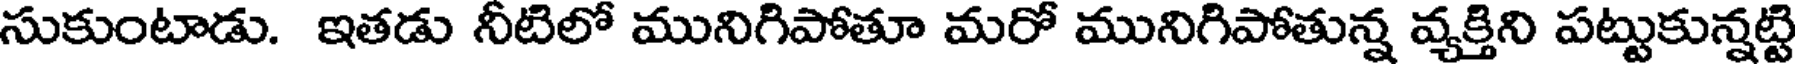
సుకుంటాడు. ఇతడు నీటిలో మునిగిపోతూ మరో మునిగిపోతున్న వ్యక్తిని పట్టుకున్నట్టి